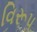
વિરૂપ